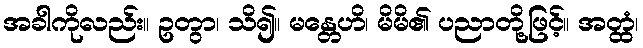
အခါကိုလည်း။ ဥတွာ၊ သိ၍။ မန္တေဟိ၊ မိမိ၏ ပညာတို့ဖြင့်။ အတ္ထံ၊